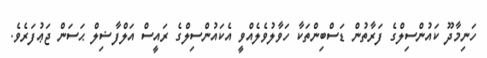
ހަނިމާދޫ ކައުންސިލްގެ ފަރާތުން ޑަސްބިންތަކާ ހަވާލުވެލެއްވީ އެކައުންސިލްގެ ރައީސް އަލްފާޟިލް ޙަސަން ޖަޢުފަރެވެ.